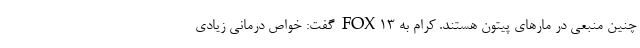
چنین منبعی در مارهای پیتون هستند. کرام به FOX۱۳ گفت: خواص درمانی زیادی